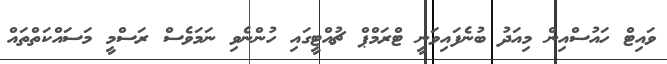
ވައިޓް ހައުސްއިން މިއަދު ބުނެފައިވަނީ ޓްރަމްޕް ޗުއްޓީގައި ހުންނެވި ނަމަވެސް ރަސްމީ މަސައްކަތްތައް